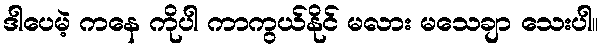
ဒါပေမဲ့ ကနေ ကိုပါ ကာကွယ်နိုင် မလား မသေချာ သေးပါ။